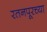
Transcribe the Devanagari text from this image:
रतनपूरच्या